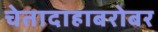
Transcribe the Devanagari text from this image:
चेतादाहाबरोबर